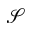
\mathcal { S }